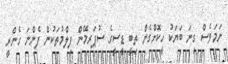
ނަމަވެސް ގިނަ ބަޔަކު ހީކޮށްގެން ތިބީ ޑީސީގެ ސުޕަރމޭން ފިލްމުތަކުން ފެންނަ ހެންރީ